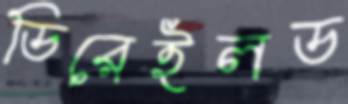
ডিরেইলড